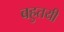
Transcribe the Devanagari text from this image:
बहुतयी